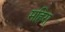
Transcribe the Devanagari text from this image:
महिरा